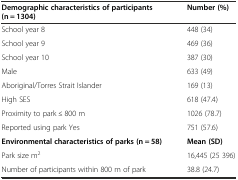
<table><thead><tr><td><b>Demographic characteristics of participants (n = 1304)</b></td><td><b>Number (%)</b></td></tr></thead><tbody><tr><td>School year 8</td><td>448 (34)</td></tr><tr><td>School year 9</td><td>469 (36)</td></tr><tr><td>School year 10</td><td>387 (30)</td></tr><tr><td>Male</td><td>633 (49)</td></tr><tr><td>Aboriginal/Torres Strait Islander</td><td>169 (13)</td></tr><tr><td>High SES</td><td>618 (47.4)</td></tr><tr><td>Proximity to park ≤ 800 m</td><td>1026 (78.7)</td></tr><tr><td>Reported using park Yes</td><td>751 (57.6)</td></tr><tr><td><b>Environmental characteristics of parks (n = 58)</b></td><td><b>Mean (SD)</b></td></tr><tr><td>Park size m<sup>2</sup></td><td>16,445 (25 396)</td></tr><tr><td>Number of participants within 800 m of park</td><td>38.8 (24.7)</td></tr></tbody></table>